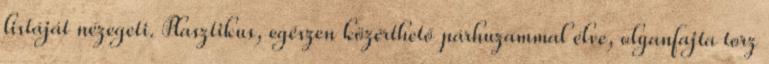
listáját nézegeti. Plasztikus, egészen közérthető párhuzammal élve, olyanfajta torz